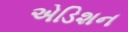
એડિશન